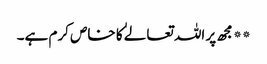
**مجھ پر اللہ تعالےٰ کا خاص کرم ہے۔